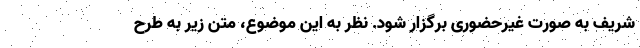
شریف به صورت غیرحضوری برگزار شود. نظر به این موضوع، متن زیر به طرح